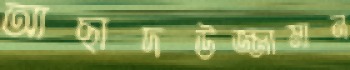
আছাদউজ্জামান